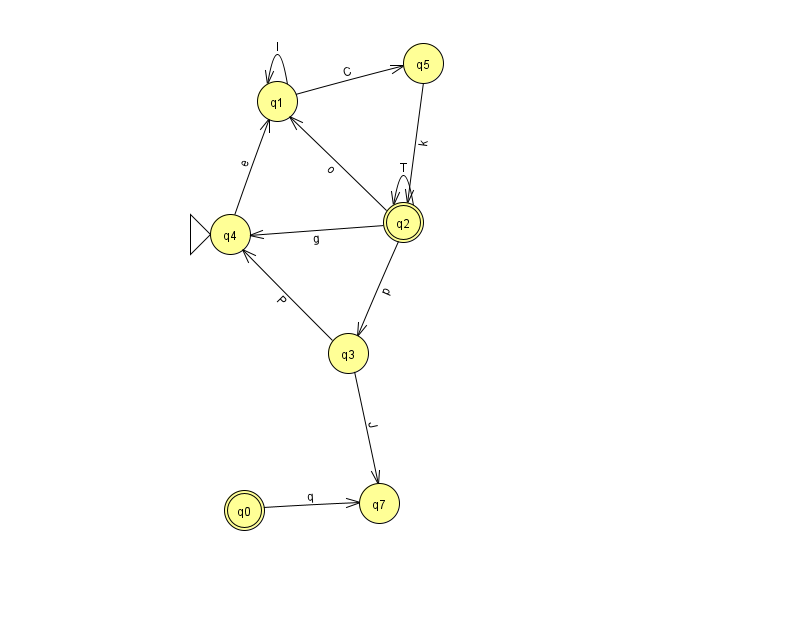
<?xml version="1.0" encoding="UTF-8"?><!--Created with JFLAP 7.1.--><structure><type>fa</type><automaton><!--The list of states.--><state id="0" name="q0"><x>244.0</x><y>497.0</y><final/></state><state id="1" name="q1"><x>277.0</x><y>88.0</y></state><state id="2" name="q2"><x>403.0</x><y>209.0</y><final/></state><state id="3" name="q3"><x>348.0</x><y>340.0</y></state><state id="4" name="q4"><x>230.0</x><y>221.0</y><initial/></state><state id="5" name="q5"><x>423.0</x><y>50.0</y></state><state id="7" name="q7"><x>379.0</x><y>490.0</y></state><!--The list of transitions.--><transition><from>1</from><to>5</to><read>C</read></transition><transition><from>5</from><to>2</to><read>k</read></transition><transition><from>2</from><to>2</to><read>T</read></transition><transition><from>2</from><to>1</to><read>o</read></transition><transition><from>3</from><to>4</to><read>P</read></transition><transition><from>4</from><to>1</to><read>e</read></transition><transition><from>1</from><to>1</to><read>I</read></transition><transition><from>0</from><to>7</to><read>q</read></transition><transition><from>3</from><to>7</to><read>J</read></transition><transition><from>2</from><to>4</to><read>g</read></transition><transition><from>2</from><to>3</to><read>p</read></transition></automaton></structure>